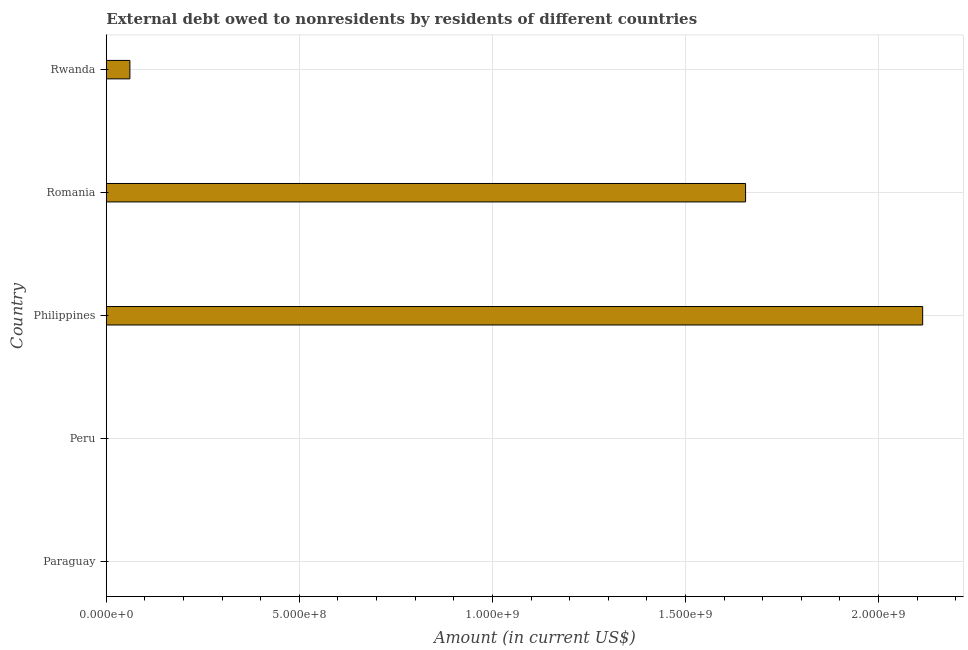
| Country | Debt |
 | --- | --- |
 | Paraguay | -2.1e+08 |
 | Peru | -4.22e+07 |
 | Philippines | 2.11e+09 |
 | Romania | 1.66e+09 |
 | Rwanda | 6.1e+07 |